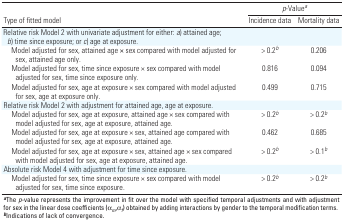
<table><thead><tr><td rowspan="2"><b>Type of fitted model</b></td><td colspan="2"><b><i>p</i>-Value<sup><i>a</i></sup></b></td></tr><tr><td><b>Incidence data</b></td><td><b>Mortality data</b></td></tr></thead><tbody><tr><td><b>Relative risk Model 2 with univariate adjustment for either: <i>a</i>) attained age; <i>b</i>) time since exposure; or <i>c</i>) age at exposure.</b></td></tr><tr><td><b>Model adjusted for sex, attained age × sex compared with model adjusted for sex, attained age only. </b></td><td>&gt; 0.2<sup><i>b</i></sup></td><td>0.206</td></tr><tr><td><b>Model adjusted for sex, time since exposure × sex compared with model adjusted for sex, time since exposure only. </b></td><td>0.816</td><td>0.094</td></tr><tr><td><b>Model adjusted for sex, age at exposure × sex compared with model adjusted for sex, age at exposure only. </b></td><td>0.499</td><td>0.715</td></tr><tr><td><b>Relative risk Model 2 with adjustment for attained age, age at exposure.</b></td></tr><tr><td><b>Model adjusted for sex, age at exposure, attained age × sex compared with model adjusted for sex, age at exposure, attained age.</b></td><td>&gt; 0.2<sup><i>b</i></sup></td><td>&gt; 0.2<sup><i>b</i></sup></td></tr><tr><td><b>Model adjusted for sex, age at exposure × sex, attained age compared with model adjusted for sex, age at exposure, attained age.</b></td><td>0.462</td><td>0.685</td></tr><tr><td><b>Model adjusted for sex, age at exposure × sex, attained age × sex compared with model adjusted for sex, age at exposure, attained age.</b></td><td>&gt; 0.2<sup><i>b</i></sup></td><td>&gt; 0.1<sup><i>b</i></sup></td></tr><tr><td><b>Absolute risk Model 4 with adjustment for time since exposure.</b></td></tr><tr><td><b>Model adjusted for sex, time since exposure × sex compared with model adjusted for sex, time since exposure.</b></td><td>&gt; 0.2<sup><i>b</i></sup></td><td>&gt; 0.2<sup><i>b</i></sup></td></tr><tr><td colspan="3"><sup><i><b>a</b></i></sup>The <i>p</i>-value represents the improvement in fit over the model with specified temporal adjustments and with adjustment for sex in the linear dose coefficients (α<sub><i>m</i></sub>,α<sub><i>f</i></sub>) obtained by adding interactions by gender to the temporal modification terms. <sup><i><b>b</b></i></sup>Indications of lack of convergence.</td></tr></tbody></table>